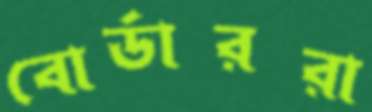
বোর্ডাররা